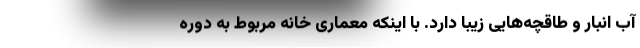
آب انبار و طاقچه‌هایی زیبا دارد. با اینکه معماری خانه مربوط به دوره‌